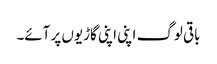
باقی لوگ اپنی اپنی گاڑیوں پر آئے۔